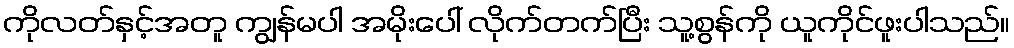
ကိုလတ်နှင့်အတူ ကျွန်မပါ အမိုးပေါ် လိုက်တက်ပြီး သူ့စွန်ကို ယူကိုင်ဖူးပါသည်။